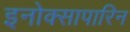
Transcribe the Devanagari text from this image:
इनोक्सापारिन